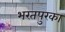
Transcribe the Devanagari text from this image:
भरतपुरका